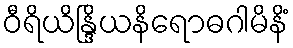
ဝီရိယိန္ဒြိယနိရောဓဂါမိနိံ